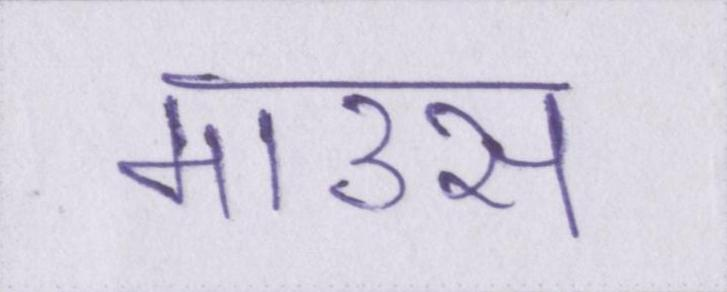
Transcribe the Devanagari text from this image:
माउस